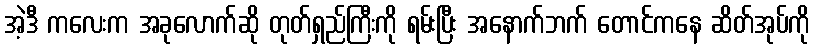
အဲ့ဒီ ကလေးက အခုလောက်ဆို တုတ်ရှည်ကြီးကို ရမ်းပြီး အနောက်ဘက် တောင်ကနေ ဆိတ်အုပ်ကို